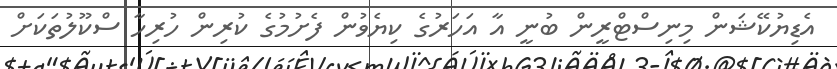
އެޑިޔުކޭޝަން މިނިސްޓްރީން ބުނީ އާ އަހަރުގެ ކިޔެވުން ފެށުމުގެ ކުރިން ހުރިހާ ސްކޫލުތަކަށް